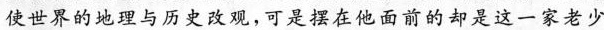
使世界的地理与历史改观，可是摆在他面前的却是这一家老少